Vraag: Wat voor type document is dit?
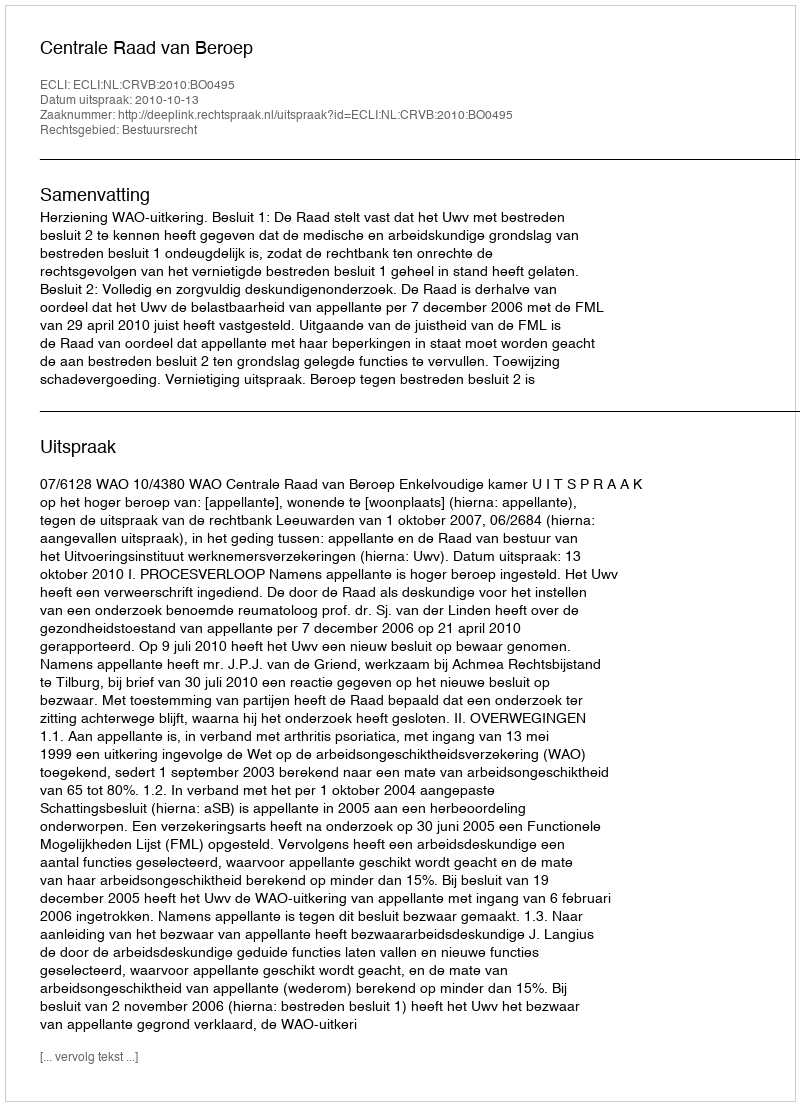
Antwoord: Uitspraak